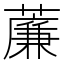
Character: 薕